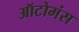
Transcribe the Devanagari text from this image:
ऑटोमंस